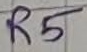
Text: R5